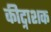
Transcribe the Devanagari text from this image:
कीट्नाशक